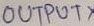
Text: OUTPUTX